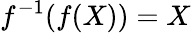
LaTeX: f^{-1}(f(X))=X